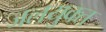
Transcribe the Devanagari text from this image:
जलयुक्‍त